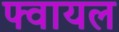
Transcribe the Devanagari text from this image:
फ्वायल